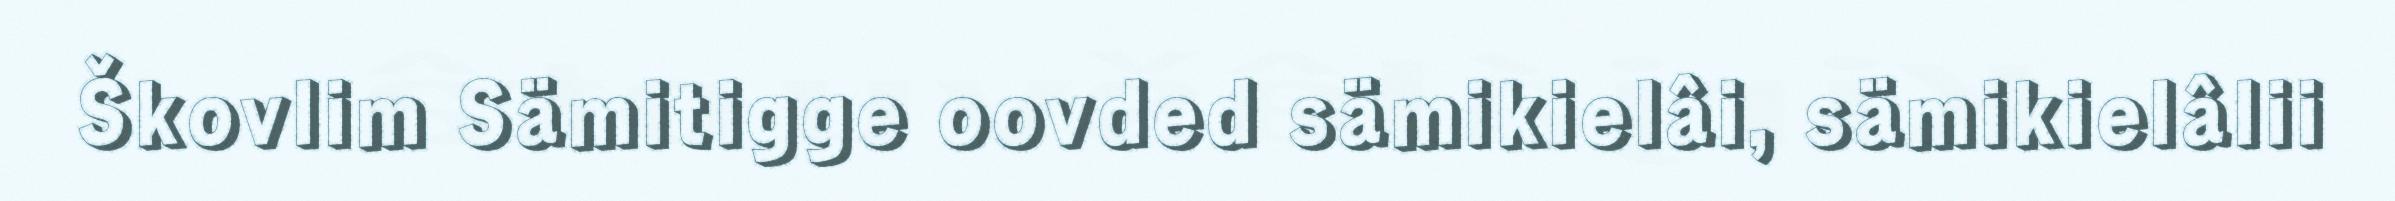
Škovlim Sämitigge oovded sämikielâi, sämikielâlii